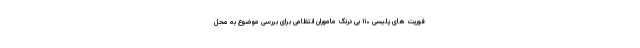
فوریت های پلیسی ۱۱۰ بی درنگ ماموران انتظامی برای بررسی موضوع به محل